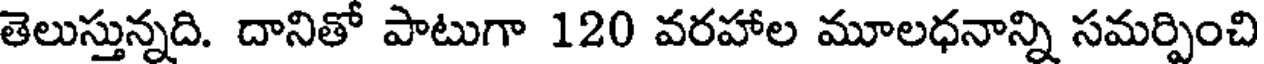
తెలుస్తున్నది. దానితో పాటుగా 120 వరహాల మూలధనాన్ని సమర్పించి